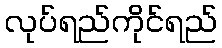
လုပ်ရည်ကိုင်ရည်